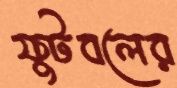
ফুটবলের